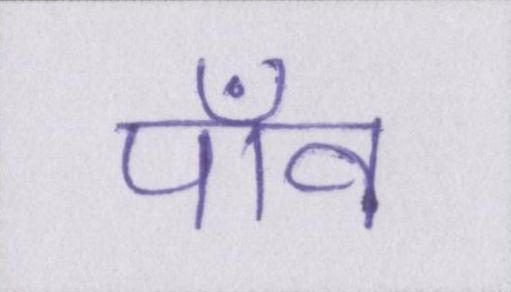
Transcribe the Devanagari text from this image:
पाँव